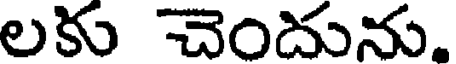
లకు చెందును.